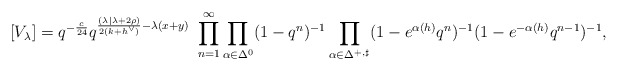
\begin{align*}[V_\lambda] = q^{-\frac{c}{24}} q^{\frac{(\lambda| \lambda + 2\rho) }{2(k+h^\vee)} -\lambda(x+y)}\ \prod_{n=1}^\infty \prod_{\alpha \in \Delta_{}^{0}} (1-q^{n})^{-1} \prod_{\alpha \in \Delta_{}^{+, \sharp}}(1-e^{\alpha(h)}q^{n})^{-1} (1-e^{-\alpha(h)}q^{n-1})^{-1},\end{align*}